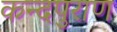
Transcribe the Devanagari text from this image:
कन्दपुराण